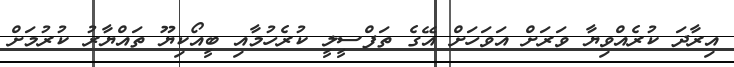
އިރާދަ ކުރެއްވިޔާ ވަރަށް އަވަހަށް އޭގެ ތަފްސީލީ ކުރެހުމާއި ބީއޯކިޔޫ ތައްޔާރު ކުރުމަށް